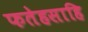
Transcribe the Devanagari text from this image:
फतेहसाहि